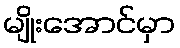
မျိုးအောင်မှာ